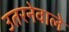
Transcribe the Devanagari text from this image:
उतरनेवाले